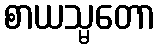
စာယသ္မတော